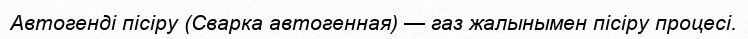
Автогенді пісіру (Сварка автогенная) — газ жалынымен пісіру процесі.